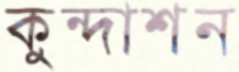
কুন্দাশন